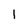
Character: 1